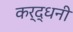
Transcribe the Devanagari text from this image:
कर्द्धनी